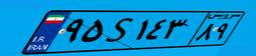
۹۵S۱۴۳۸۹